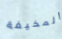
المخيفة